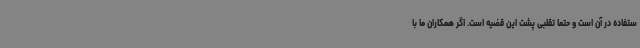
ستفاده در آن است و حتما تقلبی پشت این قضیه است. اگر همکاران ما با